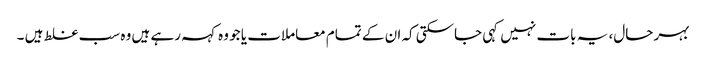
بہر حال، یہ بات نہیں کہی جاسکتی کہ ان کے تمام معاملات یا جو وہ کہہ رہے ہیں وہ سب غلط ہیں ۔